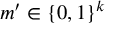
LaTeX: m ^ { \prime } \in \{ 0 , 1 \} ^ { k }